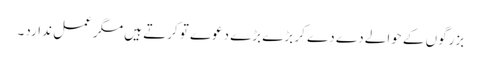
بزرگوں کے حوالے دے دے کر بڑے بڑے دعوے تو کرتے ہیں مگر عمل ندارد۔